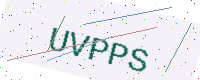
Text: UVPPS